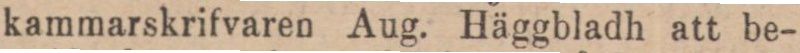
kammarskrifvaren Aug. Häggbladh att be-